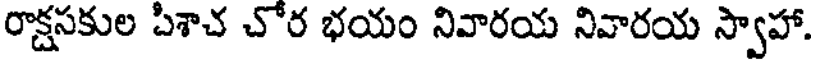
రాక్షసకుల పిశాచ చోర భయం నివారయ నివారయ స్వాహా.